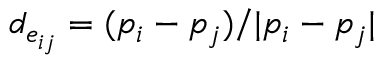
d _ { e _ { i j } } = ( p _ { i } - p _ { j } ) / | p _ { i } - p _ { j } |